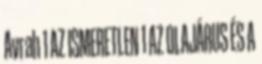
Avrah 1 AZ ISMERETLEN 1 AZ OLAJÁRUS ÉS A